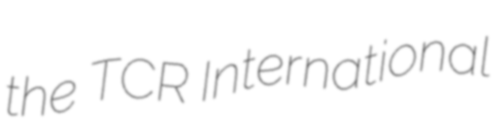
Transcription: the TCR International